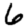
Digit: 6